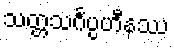
သတ္တသင်္ဂပ္ပဟီနဿ